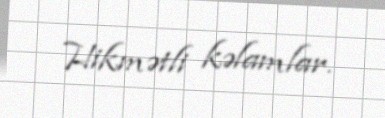
Hikmətli kəlamlar.